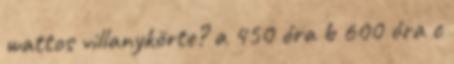
wattos villanykörte? a 450 óra b 600 óra c